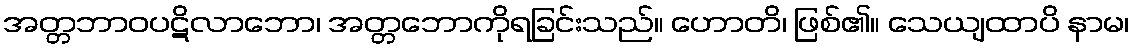
အတ္တဘာဝပဋိလာဘော၊ အတ္တဘောကိုရခြင်းသည်။ ဟောတိ၊ ဖြစ်၏။ သေယျထာပိ နာမ၊